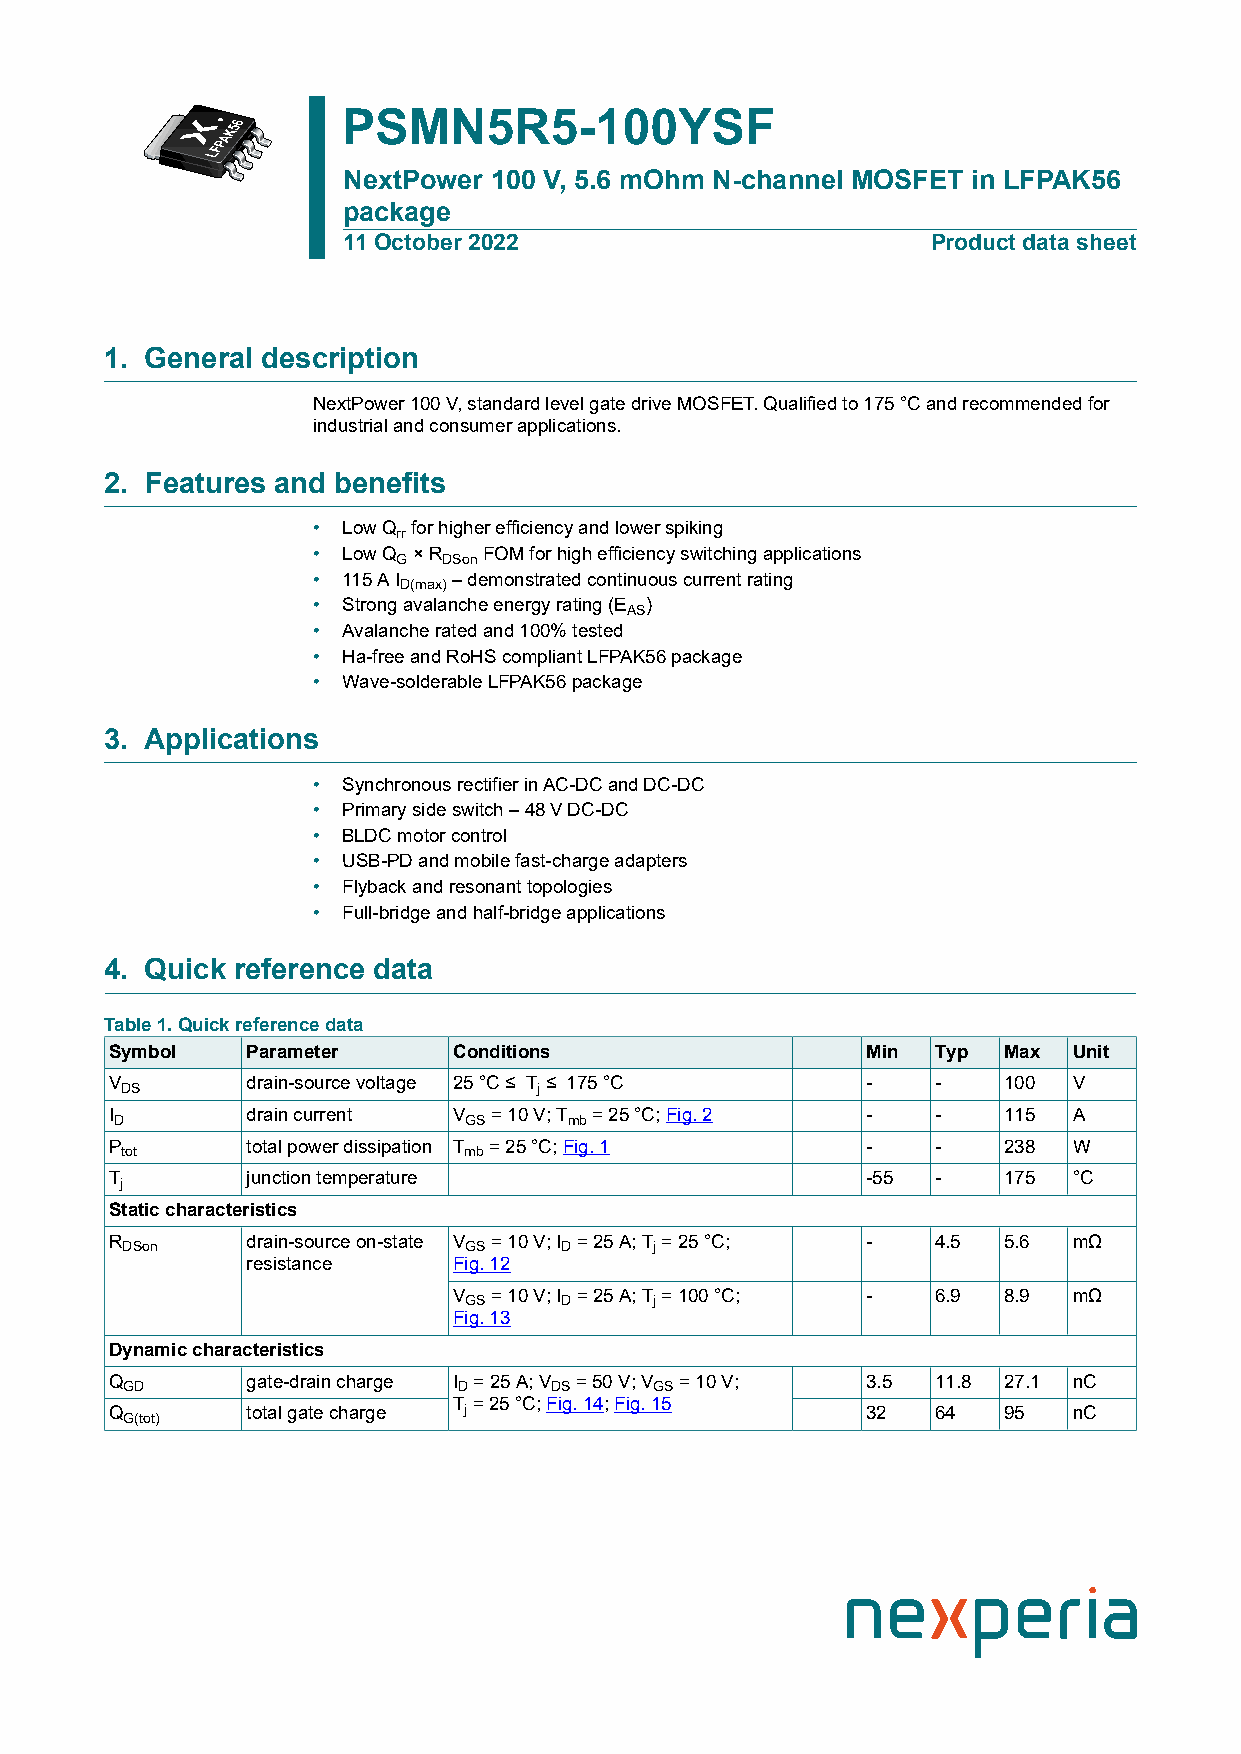
PSMN5R5-100YSF
 NextPower 100 V, 5.6 mOhm N-channel MOSFET in LFPAK56
 package
 11 October 2022                        Product data sheet
 1. General description
 NextPower 100 V, standard level gate drive MOSFET. Qualified to 175 °C and recommended for
 industrial and consumer applications.
 2. Features and benefits
 • Low Q for higher efficiency and lower spiking
 rr
 • Low Q × R FOM for high efficiency switching applications
 G  DSon
 • 115 A I – demonstrated continuous current rating
 D(max)
 • Strong avalanche energy rating (E )
 AS
 • Avalanche rated and 100% tested
 • Ha-free and RoHS compliant LFPAK56 package
 • Wave-solderable LFPAK56 package
 3. Applications
 • Synchronous rectifier in AC-DC and DC-DC
 • Primary side switch – 48 V DC-DC
 • BLDC motor control
 • USB-PD and mobile fast-charge adapters
 • Flyback and resonant topologies
 • Full-bridge and half-bridge applications
 4. Quick reference data
 Table 1. Quick reference data
 Symbol   Parameter     Conditions                 Min  Typ Max  Unit
 V        drain-source voltage 25 °C ≤ T ≤ 175 °C  -    -   100  V
 DS                          j
 I        drain current V = 10 V; T = 25 °C; Fig. 2 -   -   115  A
 D                      GS     mb
 P        total power dissipation T = 25 °C; Fig. 1 -   -   238  W
 tot                    mb
 T        junction temperature                     -55  -   175  °C
 j
 Static characteristics
 R        drain-source on-state V = 10 V; I = 25 A; T = 25 °C; - 4.5 5.6 mΩ
 DSon                   GS    D     j
 resistance    Fig. 12
 V = 10 V; I = 25 A; T = 100 °C; - 6.9 8.9 mΩ
 GS    D     j
 Fig. 13
 Dynamic characteristics
 Q        gate-drain charge I = 25 A; V = 50 V; V = 10 V; 3.5 11.8 27.1 nC
 GD                    D     DS     GS
 T = 25 °C; Fig. 14; Fig. 15
 Q        total gate charge j                      32   64  95   nC
 G(tot)